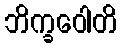
ဘိက္ခဝေါတိ